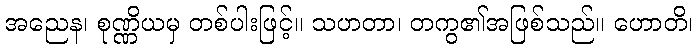
အညေန၊ စုဏ္ဏိယမှ တစ်ပါးဖြင့်။ သဟတာ၊ တကွ၏အဖြစ်သည်။ ဟောတိ၊